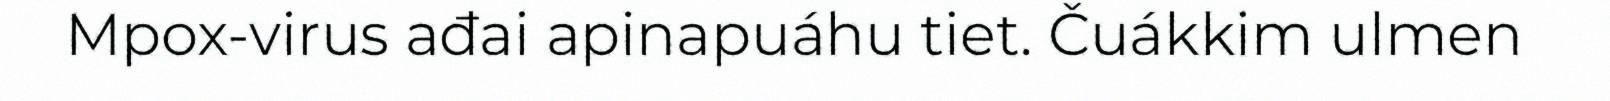
Mpox-virus ađai apinapuáhu tiet. Čuákkim ulmen